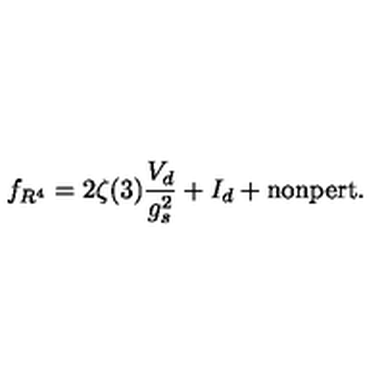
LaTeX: f _ { R ^ { 4 } } = 2 \zeta ( 3 ) \frac { V _ { d } } { g _ { s } ^ { 2 } } + I _ { d } + \mathrm { n o n p e r t . }